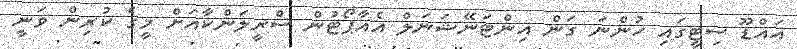
އައްޑޫ ސިޓީގައި ހުންނަ ގަން އިންޓަނޭޝަނަލް އެއާޕޯޓުން ސްރީލަންކާއަށް މީގެ ކުރިން ވަނީ